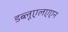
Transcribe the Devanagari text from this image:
डब्लूएलएएन